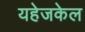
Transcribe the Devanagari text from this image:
यहेजकेल